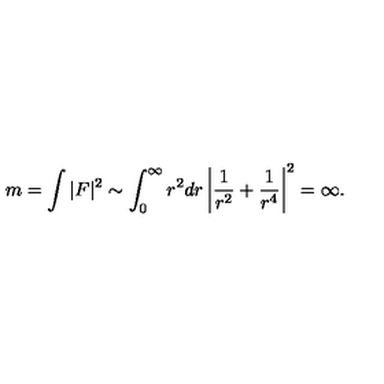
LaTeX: m = \int | F | ^ { 2 } \sim \int _ { 0 } ^ { \infty } r ^ { 2 } d r \left| \frac { 1 } { r ^ { 2 } } + \frac { 1 } { r ^ { 4 } } \right| ^ { 2 } = \infty .